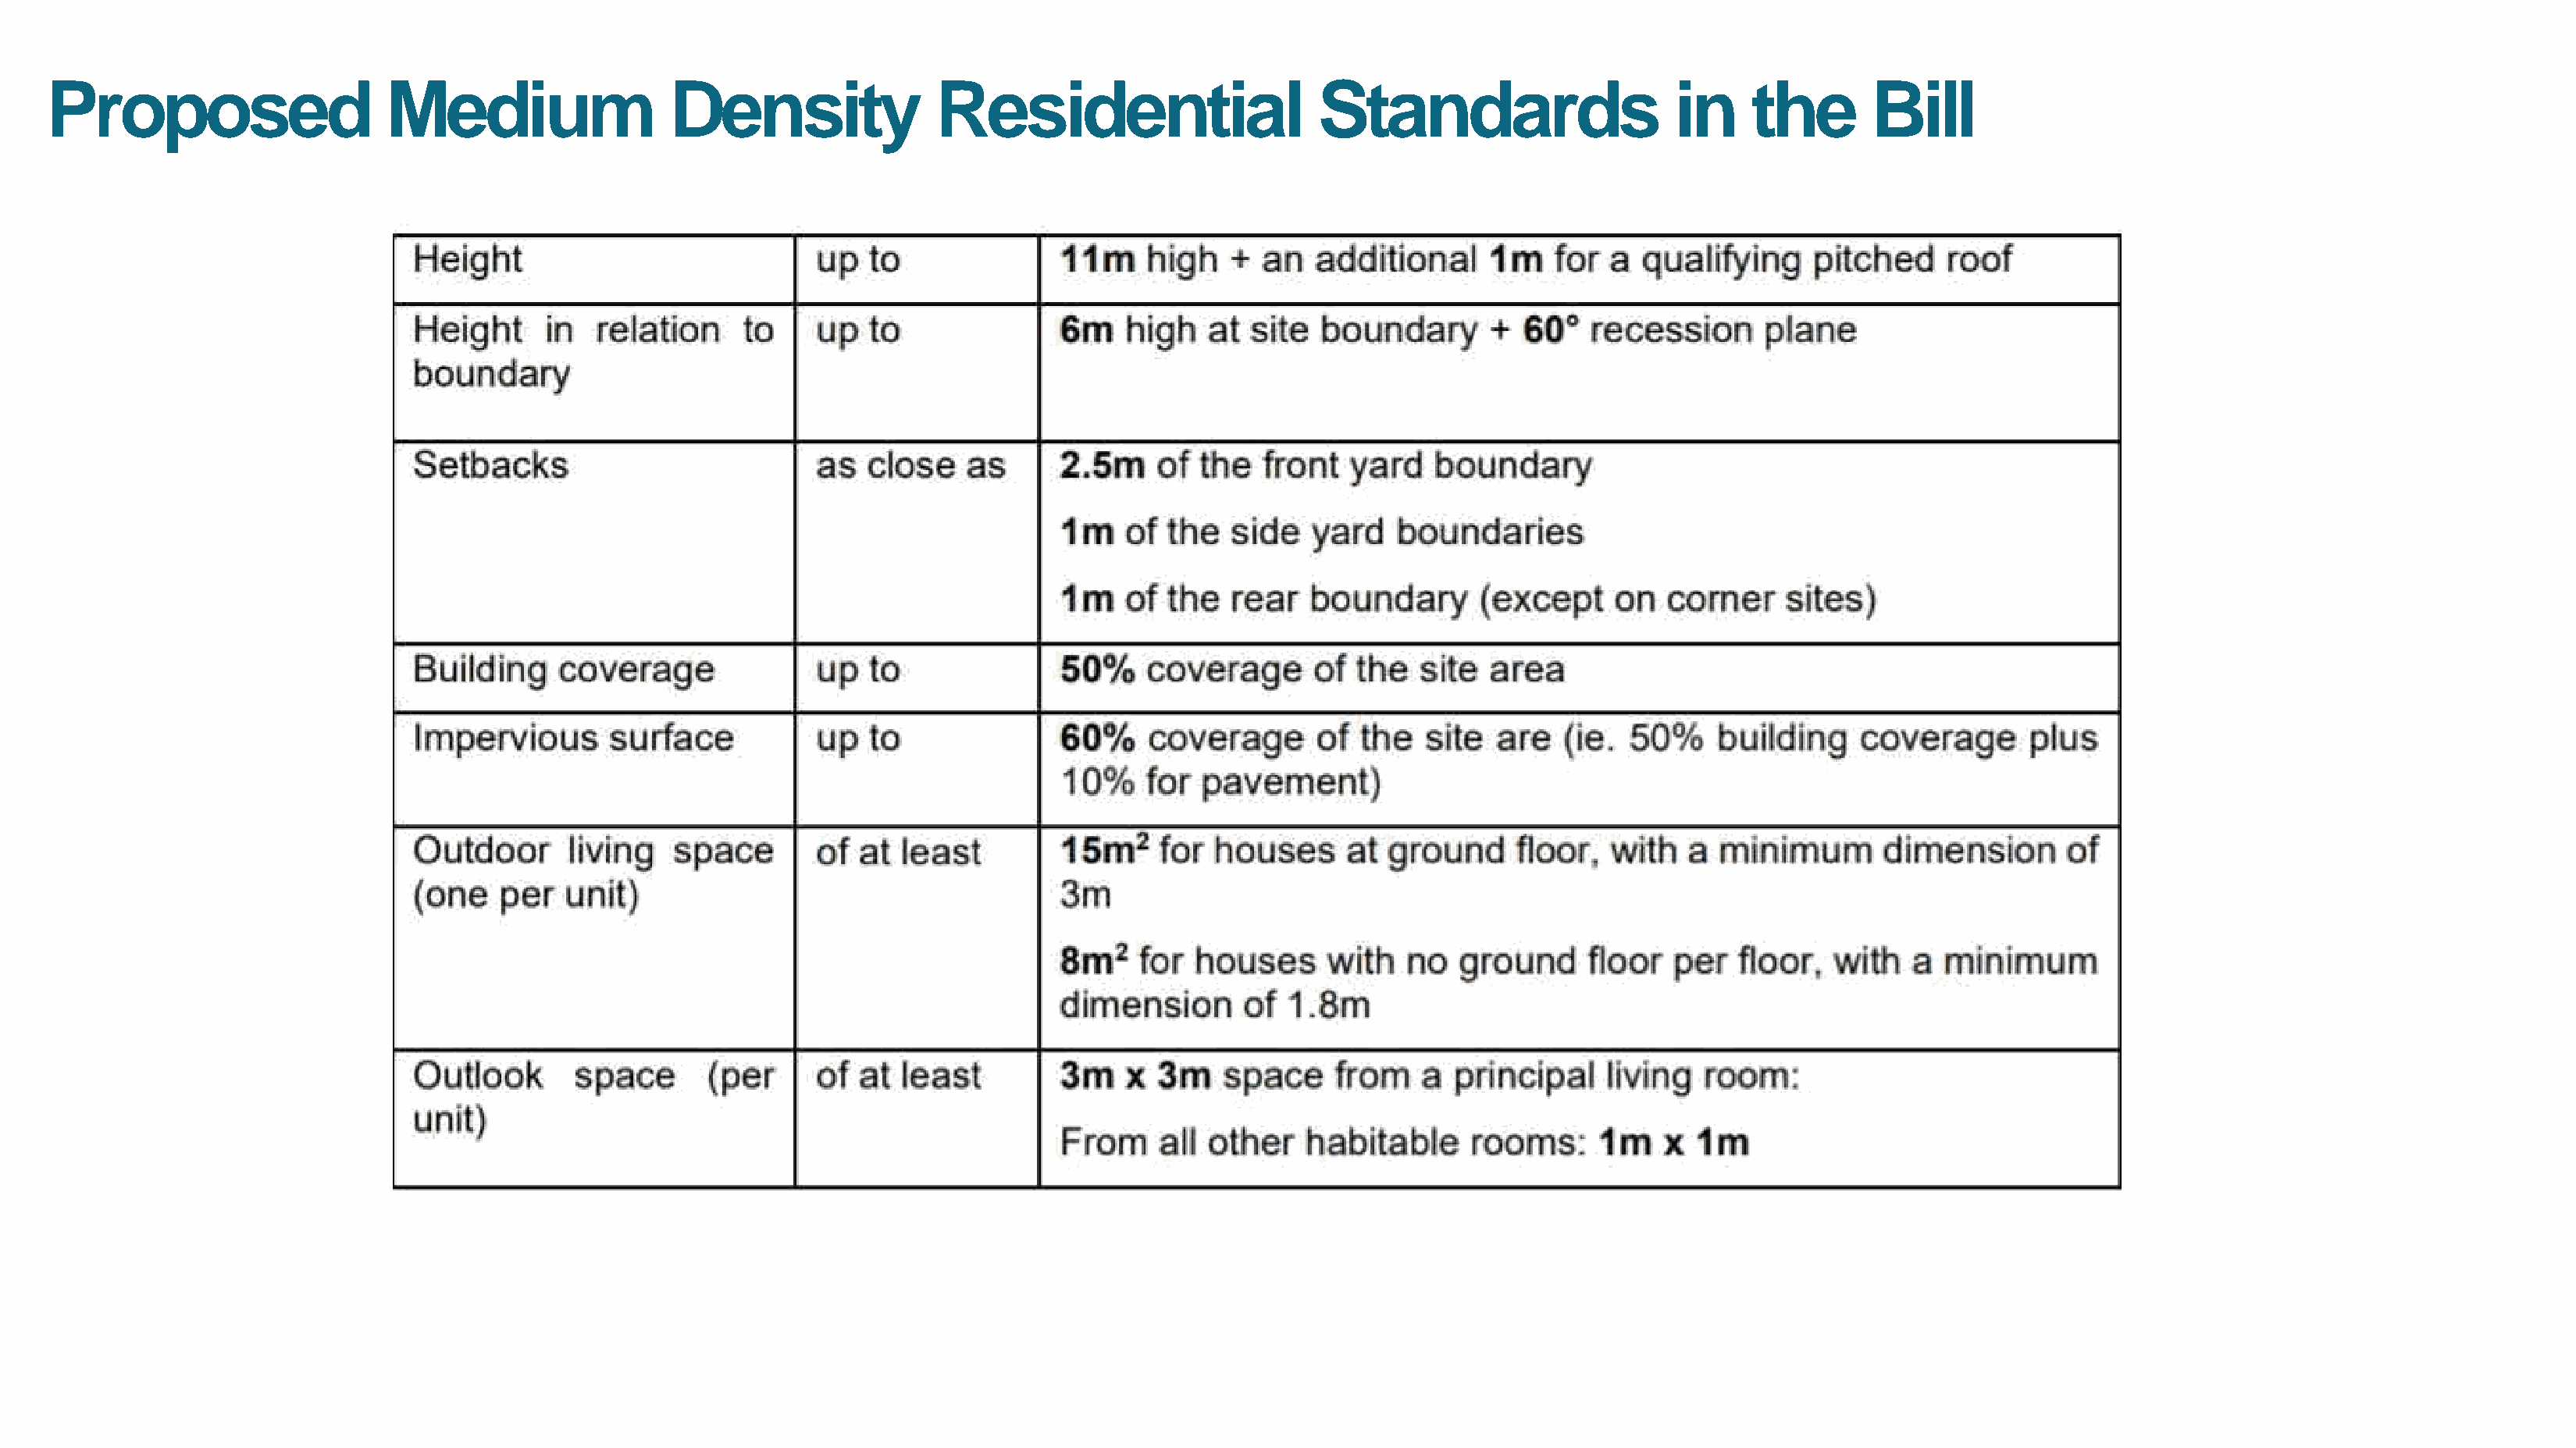
Proposed                     Medium                  Density               Residential                      Standards                     in    the        Bill